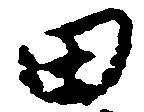
田